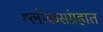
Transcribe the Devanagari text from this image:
श्लोकसंग्रहात